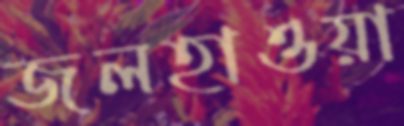
জলহাওয়া